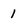
Character: 1